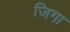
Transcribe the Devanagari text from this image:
जिगा